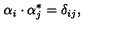
\alpha _ { i } \cdot \alpha _ { j } ^ { * } = \delta _ { i j } ,